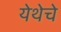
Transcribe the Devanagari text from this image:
येथेचे